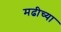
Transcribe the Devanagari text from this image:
मढीच्या